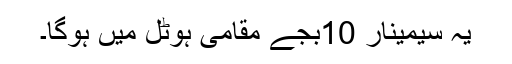
یہ سیمینار 10بجے مقامی ہوٹل میں ہوگا۔